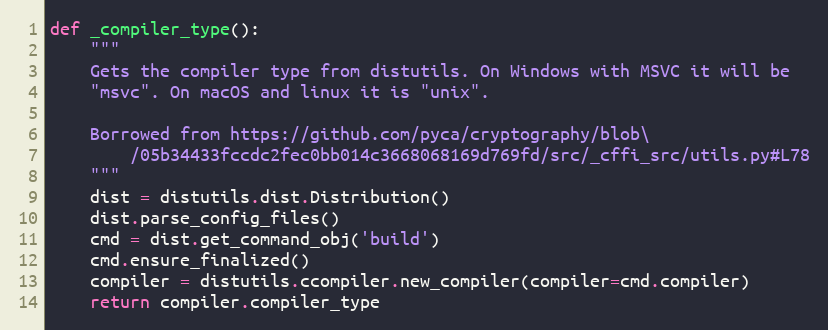
Language: Python
def _compiler_type():
    """
    Gets the compiler type from distutils. On Windows with MSVC it will be
    "msvc". On macOS and linux it is "unix".

    Borrowed from https://github.com/pyca/cryptography/blob\
        /05b34433fccdc2fec0bb014c3668068169d769fd/src/_cffi_src/utils.py#L78
    """
    dist = distutils.dist.Distribution()
    dist.parse_config_files()
    cmd = dist.get_command_obj('build')
    cmd.ensure_finalized()
    compiler = distutils.ccompiler.new_compiler(compiler=cmd.compiler)
    return compiler.compiler_type